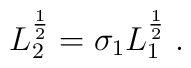
L_{2}^{\frac{1}{2}} = \sigma_{1} L_{1}^{\frac{1}{2}}\;.